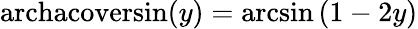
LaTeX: \operatorname{archacoversin}(y)=\arcsin\left(1-2y\right)